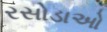
રસોડાઓ